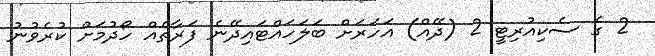
2 ގެ ސެކިއުރިޓީ 2 (ދޭއް) އަހަރަށް ބަލަހައްޓައިދޭނެ ފަރާތެއް ހޯދުމަށް ކުރެވުނު